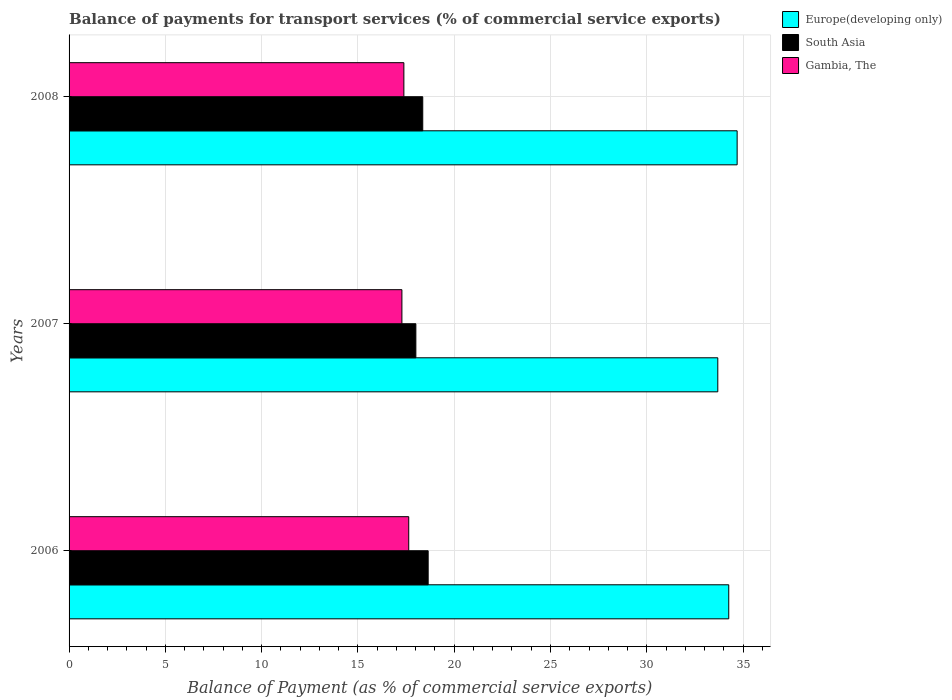
| Years | Europe(developing only) | South Asia | Gambia, The |
 | --- | --- | --- | --- |
 | 2006 | 34.3 | 18.6 | 17.6 |
 | 2007 | 33.7 | 18 | 17.3 |
 | 2008 | 34.7 | 18.4 | 17.4 |